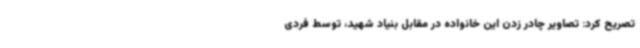
تصریح کرد: تصاویر چادر زدن این خانواده در مقابل بنیاد شهید، توسط فردی